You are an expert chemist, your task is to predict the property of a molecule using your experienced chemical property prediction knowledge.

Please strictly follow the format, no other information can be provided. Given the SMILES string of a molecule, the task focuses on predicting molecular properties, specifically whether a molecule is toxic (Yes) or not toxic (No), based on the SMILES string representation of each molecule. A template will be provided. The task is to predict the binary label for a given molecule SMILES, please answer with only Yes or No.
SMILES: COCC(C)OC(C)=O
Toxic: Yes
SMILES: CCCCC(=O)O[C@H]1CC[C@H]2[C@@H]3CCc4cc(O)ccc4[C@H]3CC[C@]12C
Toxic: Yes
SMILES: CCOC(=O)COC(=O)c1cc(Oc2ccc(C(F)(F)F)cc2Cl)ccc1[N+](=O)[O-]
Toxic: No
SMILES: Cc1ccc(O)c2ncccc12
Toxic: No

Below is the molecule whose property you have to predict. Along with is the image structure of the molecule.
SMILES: CC(O)CN
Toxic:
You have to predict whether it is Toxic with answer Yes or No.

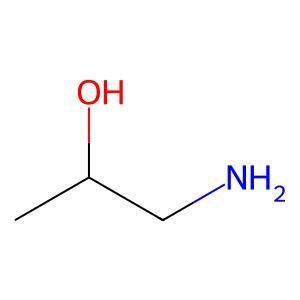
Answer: No